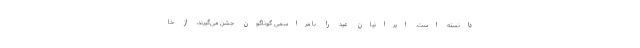
دانسته است. ایرانیان عید را با مراسمی گوناگون جشن می‌گیرند، از خا